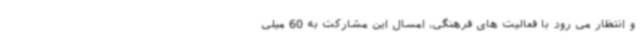
و انتظار می رود با فعالیت های فرهنگی، امسال این مشارکت به 60 میلی